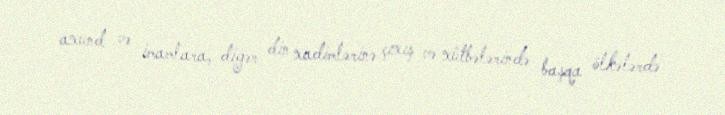
axund və imamlara, digər din xadimlərinə çıxış və xütbələrində başqa ölkələrdə